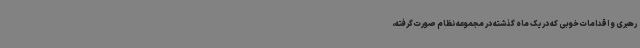
رهبری و اقدامات خوبی که در یک ماه گذشته در مجموعه نظام صورت گرفته،